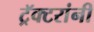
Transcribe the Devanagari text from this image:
ट्रॅक्टरांनी